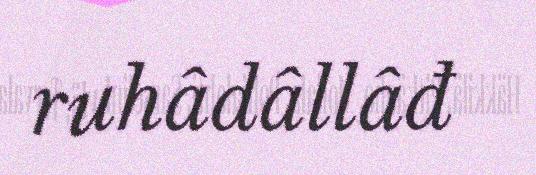
ruhâdâllâđ